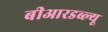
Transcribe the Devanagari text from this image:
बीआरडब्ल्यू